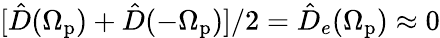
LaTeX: [\hat{D}(\Omega_{\mathrm{p}})+\hat{D}(-\Omega_{\mathrm{p}})]/2=\hat{D}_{e}(\Omega_{\mathrm{p}})\approx 0